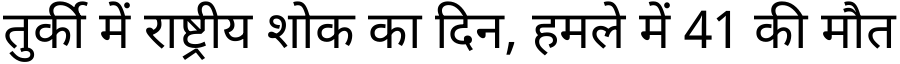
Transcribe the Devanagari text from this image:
तुर्की में राष्ट्रीय शोक का दिन, हमले में 41 की मौत